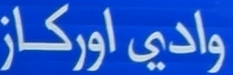
وادی اورکاز